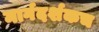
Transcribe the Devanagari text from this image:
मार्गदर्शकच